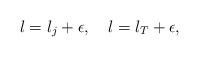
LaTeX: \begin{align*}l=l_j+\epsilon,\quad l=l_T+\epsilon,\end{align*}